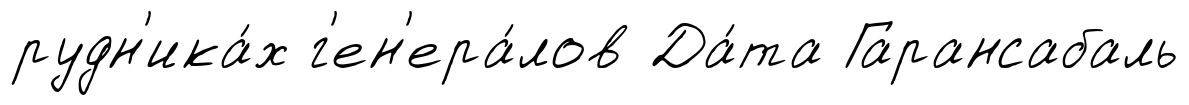
рудн'ика́х г'ен'ера́лов Да́та Гарансабаль